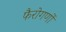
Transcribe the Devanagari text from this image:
फैरोगणों